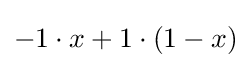
-1\cdot x+1\cdot (1-x)